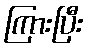
ကြားပြီး